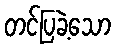
တင်ပြခဲ့သော